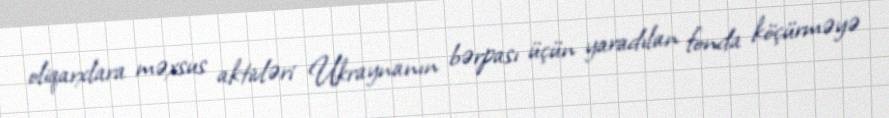
oliqarxlara məxsus aktivləri Ukraynanın bərpası üçün yaradılan fonda köçürməyə